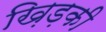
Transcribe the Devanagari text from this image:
ख़िड़की